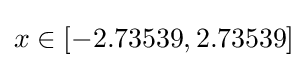
x\in [-2.73539,2.73539]